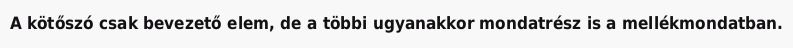
A kötőszó csak bevezető elem, de a többi ugyanakkor mondatrész is a mellékmondatban.